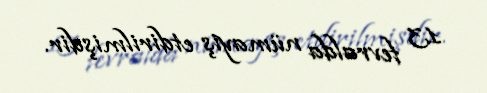
13 fevralda nümayiş etdirilmişdir.